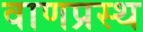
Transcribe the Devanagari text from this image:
वाणप्रस्थ